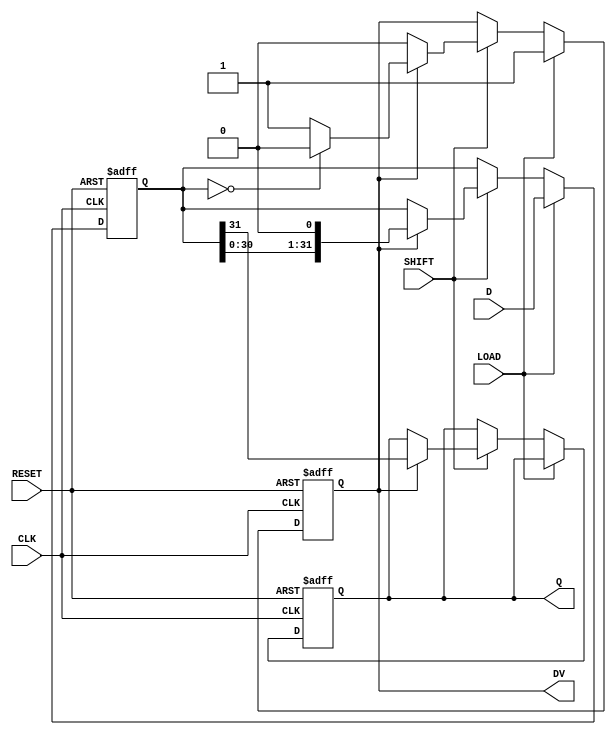
module PISO_Register (
    input wire [31:0] D,      // 32-bit data input
    input wire LOAD,          // Load control signal
    input wire SHIFT,         // Shift control signal
    input wire CLK,           // Clock signal
    input wire RESET,         // Asynchronous reset signal
    output reg Q,             // Serial output
    output reg DV             // Data valid output
);

    reg [31:0] shift_reg;     // Internal shift register

    // Asynchronous reset
    always @(posedge CLK or posedge RESET) begin
        if (RESET) begin
            shift_reg <= 32'b0; // Clear the register
            Q <= 1'b0;          // Clear the output
            DV <= 1'b0;         // Clear the data valid signal
        end else begin
            if (LOAD) begin
                shift_reg <= D;  // Load data into the shift register
                DV <= 1'b1;      // Set data valid signal
            end else if (SHIFT) begin
                if (DV) begin
                    Q <= shift_reg[31]; // Output the MSB
                    shift_reg <= {shift_reg[30:0], 1'b0}; // Shift left
                    if (shift_reg == 32'b0) begin
                        DV <= 1'b0; // Clear data valid if all bits have been shifted out
                    end
                end
            end
        end
    end

endmodule